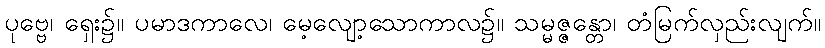
ပုဗ္ဗေ၊ ရှေး၌။ ပမာဒကာလေ၊ မေ့လျော့သောကာလ၌။ သမ္မဇ္ဇန္တော၊ တံမြက်လှည်းလျက်။